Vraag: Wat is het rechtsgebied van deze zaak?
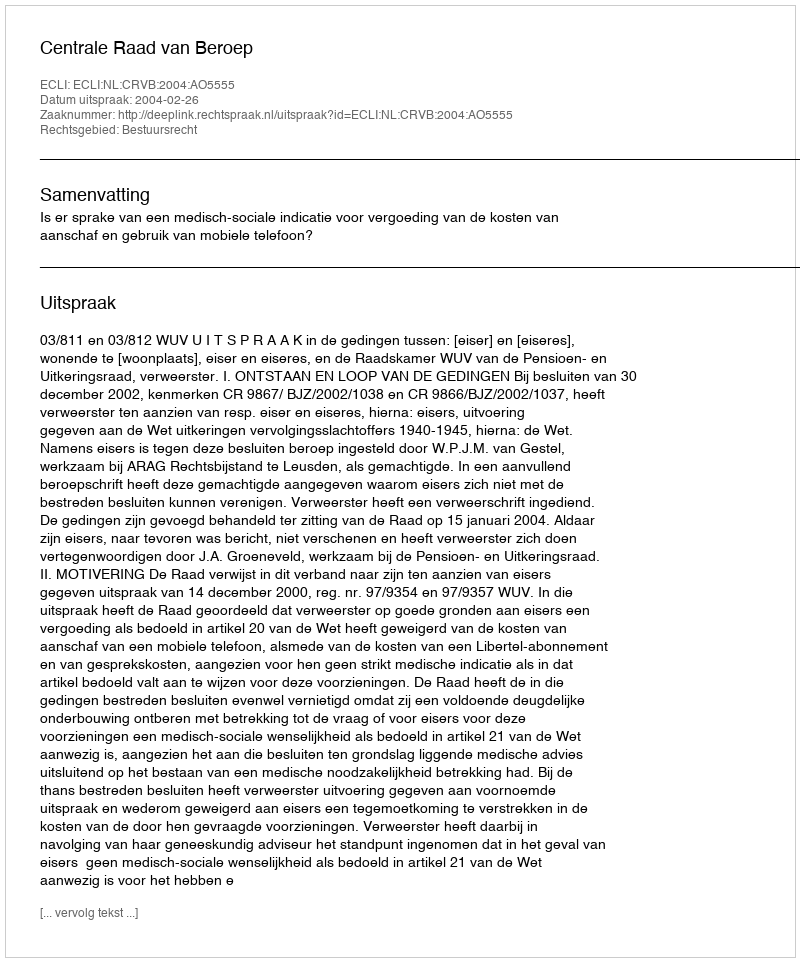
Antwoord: Bestuursrecht